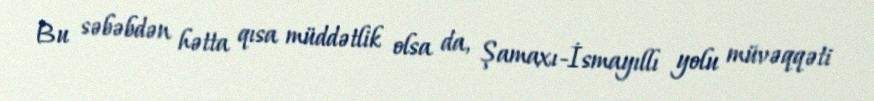
Bu səbəbdən hətta qısa müddətlik olsa da, Şamaxı-İsmayıllı yolu müvəqqəti